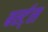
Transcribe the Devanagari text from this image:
बर्स्ट्‌स